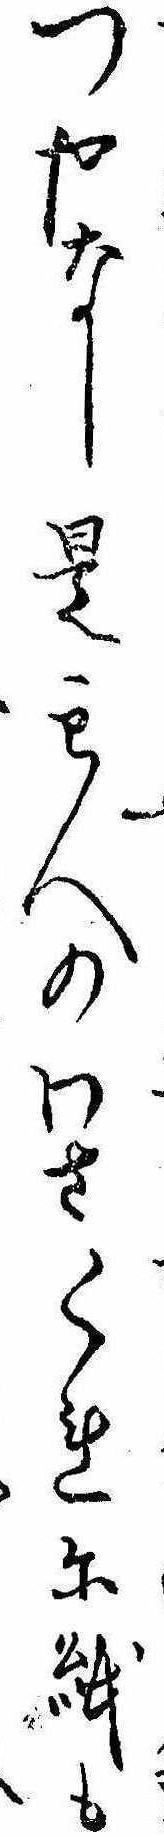
つやなし是主人のわさくれに紙も